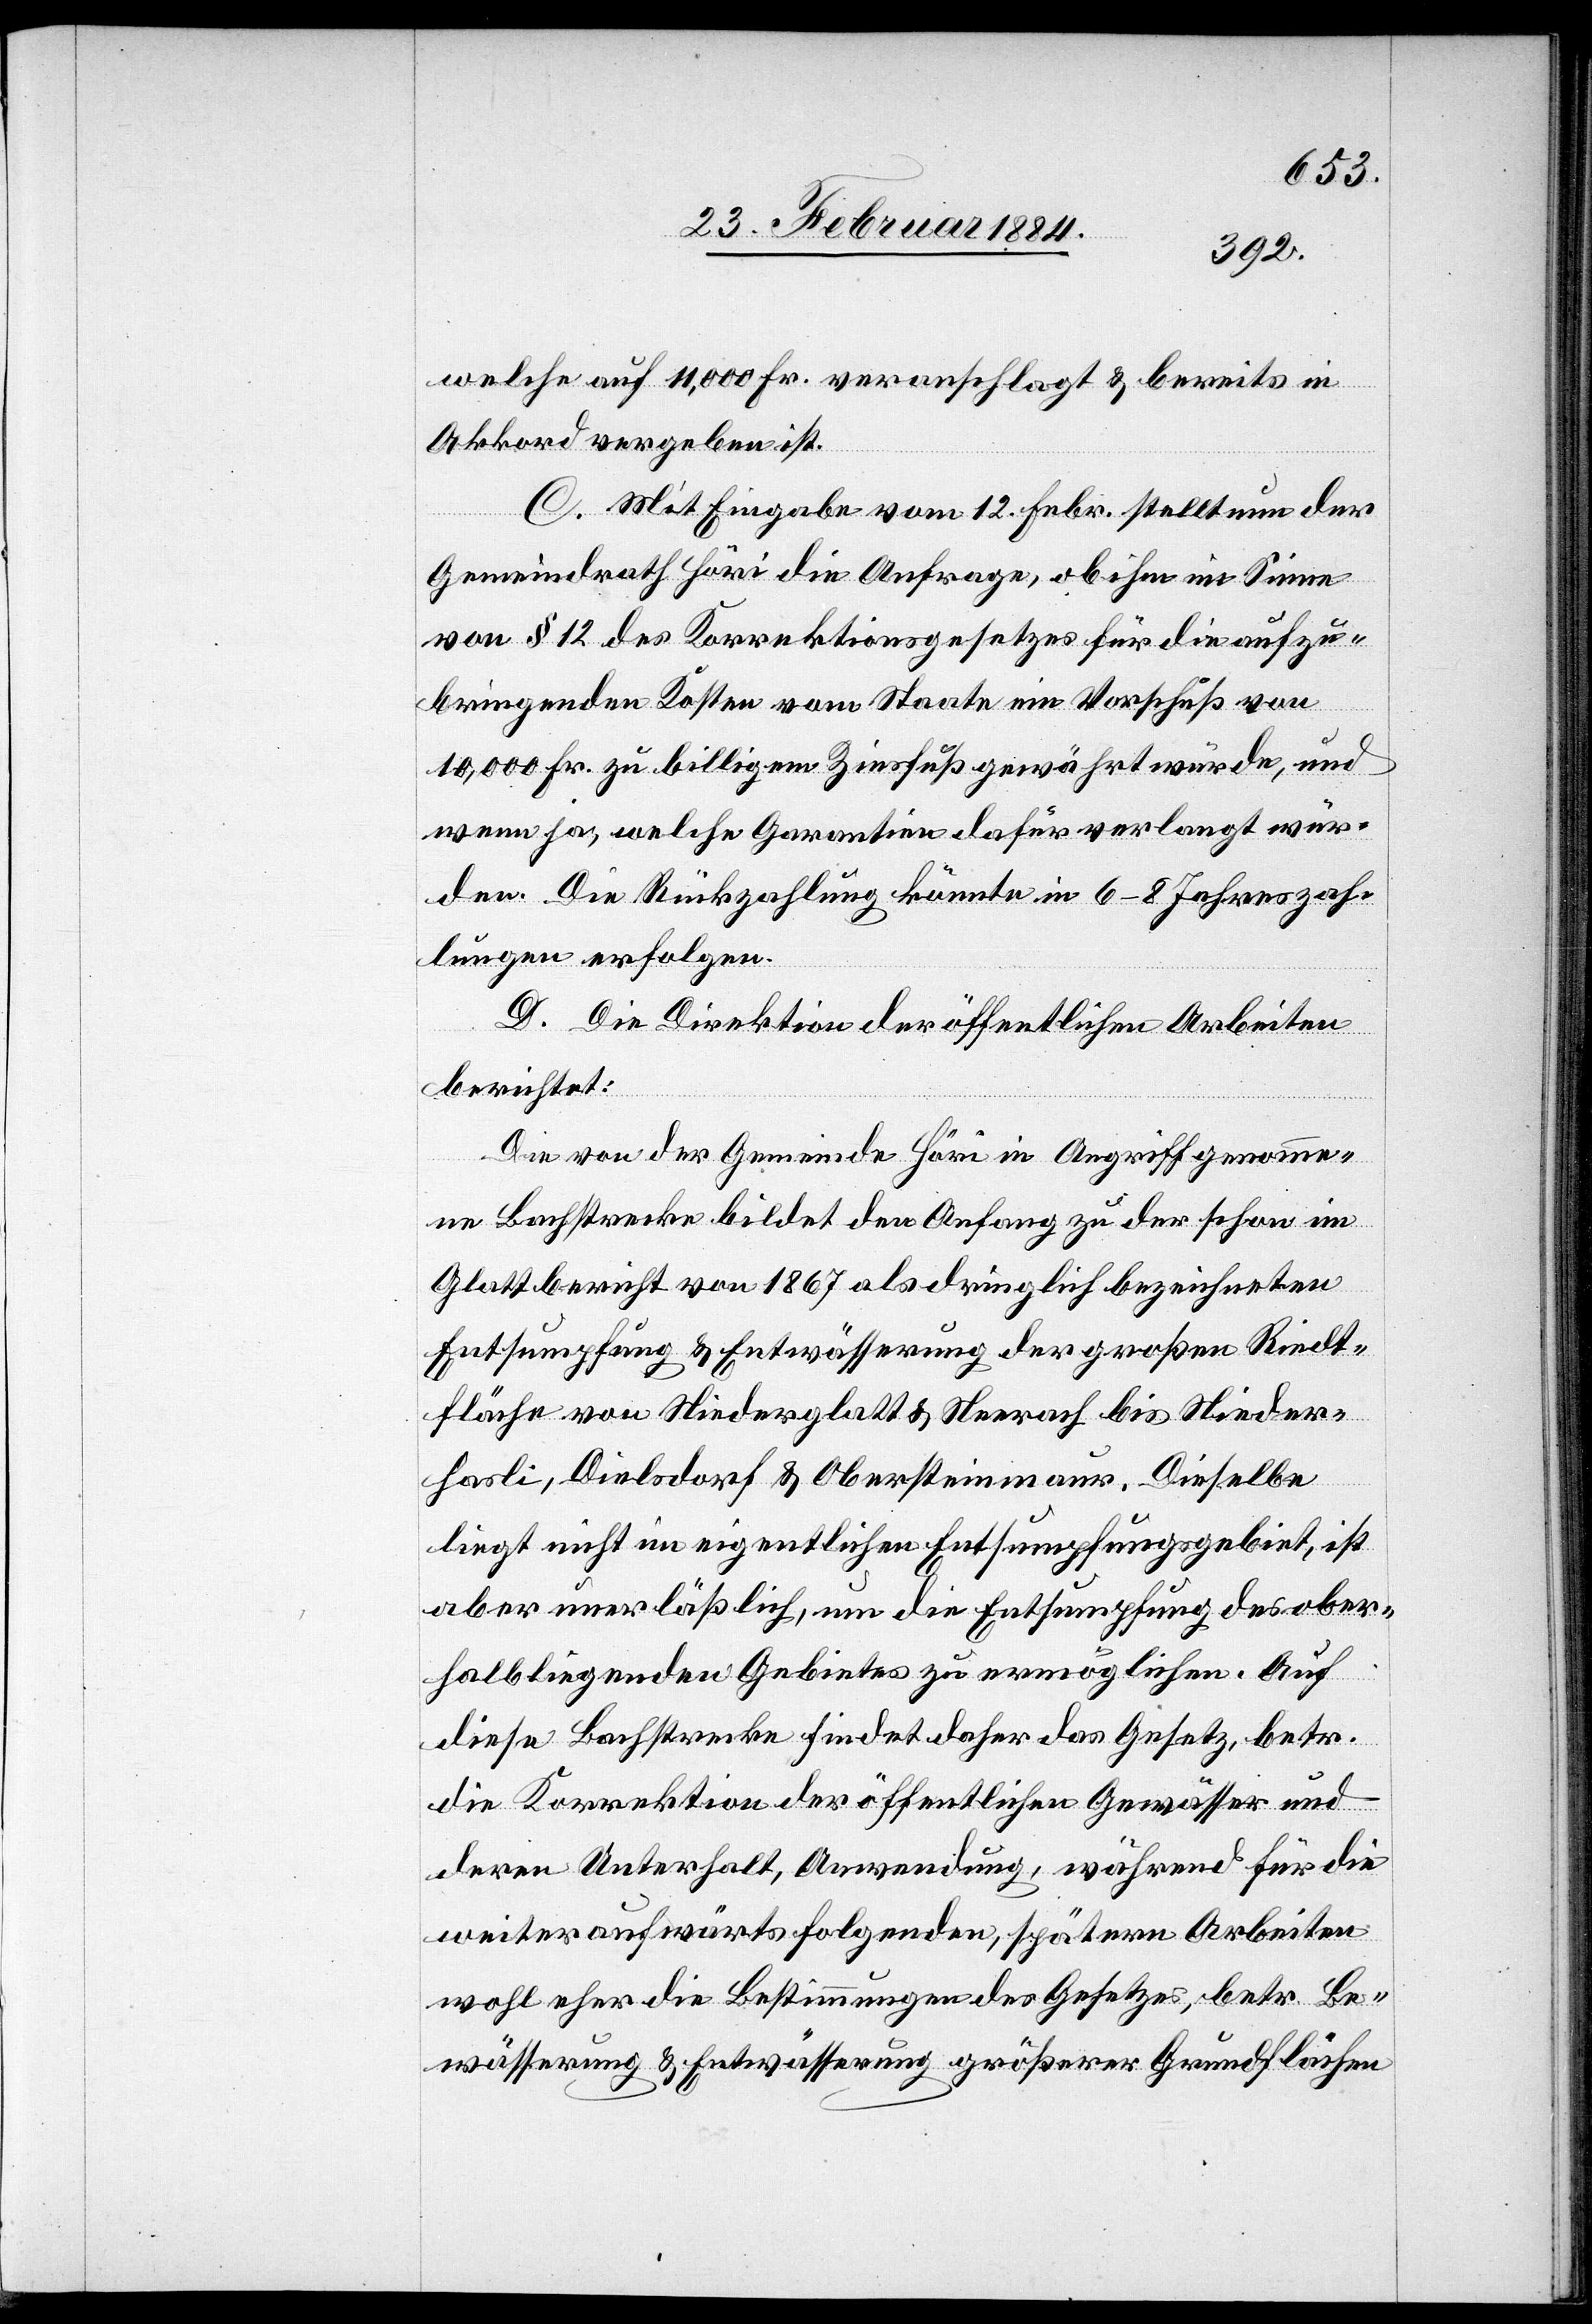
welche auf 11,000 Fr. veranschlagt & bereits im
Akkord vergeben ist.
C. Mit Eingabe vom 12. Febr. stellt nun der
Gemeindrath Höri die Anfrage, ob ihm im Sinne
von § 12 des Korrektionsgesetzes für die aufzu¬
bringenden Kosten vom Staate ein Vorschuß von
10,000 Fr. zu billigem Zinsfuß gewährt würde, und
wenn ja, welche Garantien dafür verlangt wür¬
den. Die Rückzahlung könnte in 6–8 Jahreszah¬
lungen erfolgen.
D. Die Direktion der öffentlichen Arbeiten
berichtet:
Die von der Gemeinde Höri in Angriff genomme¬
ne Bachstrecke bildet den Anfang zu der schon im
Glattbericht von 1867 als dringlich bezeichneten
Entsumpfung & Entwässerung der großen Riedt¬
fläche von Niederglatt & Neerach bis Nieder¬
hasli, Dielsdorf & Obersteinmauer. Dieselbe
liegt nicht im eigentlichen Entsumpfungsgebiet, ist
aber unerläßlich, um die Entsumpfung des ober¬
halb liegenden Gebietes zu ermöglichen. Auf
diese Bachstrecke findet daher das Gesetz, betr.
die Korrektion der öffentlichen Gewässer und
deren Unterhalt, Anwendung, während für die
weiter aufwärts folgenden, spätern Arbeiten
wohl eher die Bestimmungen des Gesetzes, betr. Be¬
wässerung & Entwässerung größerer Grundflächen